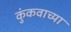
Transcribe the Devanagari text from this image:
कुंकवाच्या